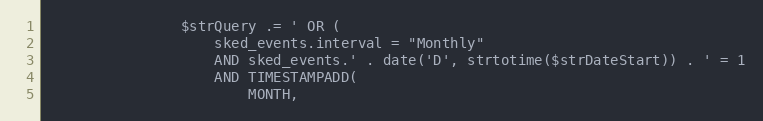
Language: PHP
                $strQuery .= ' OR (
                    sked_events.interval = "Monthly"
                    AND sked_events.' . date('D', strtotime($strDateStart)) . ' = 1
                    AND TIMESTAMPADD(
                        MONTH,